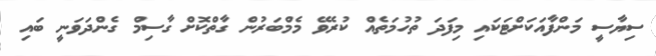
ސިޔާސީ މަންފާއަކަށްޓަކައި މިފަދަ ތުހުމަތެއް ކުރެވޭ މެމްބަރުން ގާތްކޮށް ގާސިމް ގެންދަވަނީ ބައި